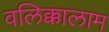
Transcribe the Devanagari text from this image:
वलिक्कालाम